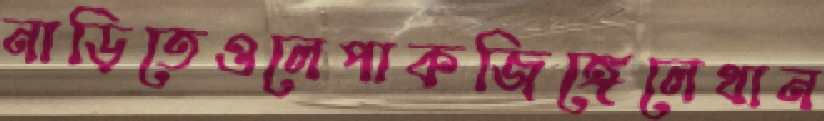
নাড়িতেওলেপাকজিঙ্গেলেথান